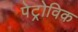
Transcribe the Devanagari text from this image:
पेट्रोविक